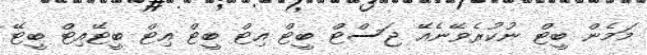
މަމެން ބީޓް ނުކުރެވޭނެއޭ ޖަސްޓް ބީޓް އިޓް ބީޓް އިޓް ބީޓޭއިޓް ބީޓޭ